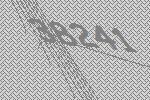
38241